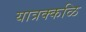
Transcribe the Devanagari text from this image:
यात्रक्कळि